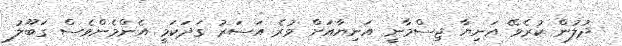
ދުލުން ކުރެވޭ އަނިޔާ ޖިސްމާނީ އަނިޔާއަށް ވުރެ އަސަރު ގަދަކަމީ އެންމެންވެސް ގަބޫލު